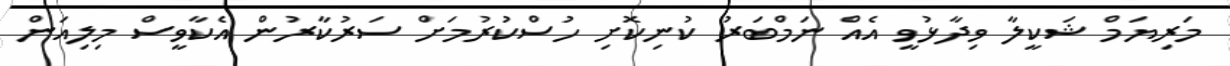
މަރިޔަމް ޝަކީލާ ވިދާޅުވީ އެއް ނަމްބަރު ކުނިކޮށި ހުސްކުރުމަށް ސަރުކާރުން އެކާވީސް މިލިއަން